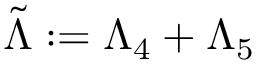
\tilde { \Lambda } : = \Lambda _ { 4 } + \Lambda _ { 5 }